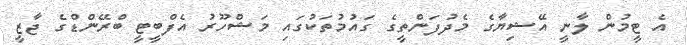
އެ ޓީމުން ލާނީ އޭޝިޔާގެ މެދުފަންތީގެ ގައުމުތަކުގައި މަޝްހޫރު އެފްބީޓީ ބްރޭންޑްގެ ޖާޒީ